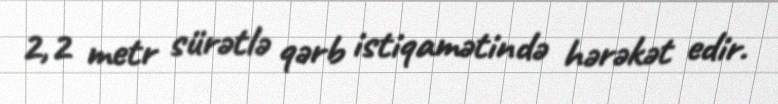
2,2 metr sürətlə qərb istiqamətində hərəkət edir.